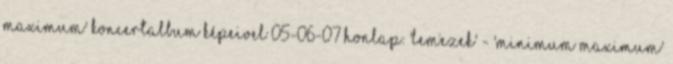
Maximum' koncertalbum képeivel 05-06-07 Honlap: 'Lemezek' - 'Minimum Maximum'